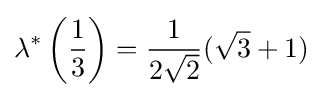
\lambda ^{*}\left({\frac {1}{3}}\right)={\frac {1}{2{\sqrt {2}}}}({\sqrt {3}}+1)